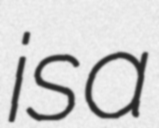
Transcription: is a